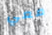
معي